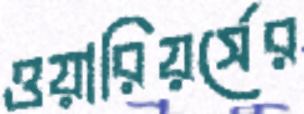
ওয়ারিয়র্সের